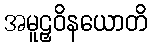
အမူဠှဝိနယောတိ